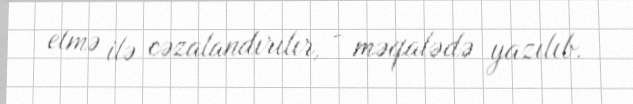
etmə ilə cəzalandırılır, - məqalədə yazılıb.